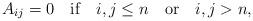
LaTeX: \begin{align*}A_{ij}=0 \quad \textrm{if}\quad i,j\le n \quad \textrm{or} \quad i,j>n,\end{align*}